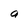
Character: a